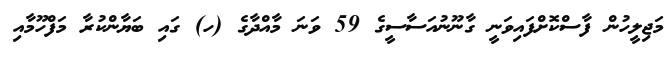
މަޖިލީހުން ފާސްކޮށްފައިވަނީ ގާނޫނުއަސާސީގެ 59 ވަނަ މާއްދާގެ (ހ) ގައި ބަޔާންކުރާ މަފްހޫމާއި